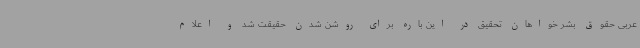
عربی حقوق بشر خواهان تحقیق در این باره برای روشن شدن حقیقت شد و اعلام